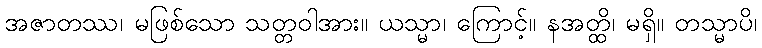
အဇာတဿ၊ မဖြစ်သော သတ္တဝါအား။ ယသ္မာ၊ ကြောင့်။ နအတ္ထိ၊ မရှိ။ တသ္မာပိ၊